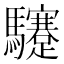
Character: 䮿